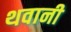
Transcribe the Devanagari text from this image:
थवानी